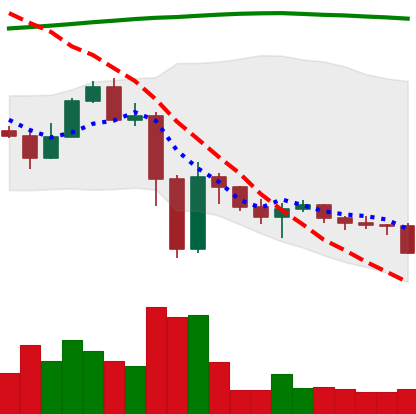
Ticker: ETC-USD
Chart end date: 2022-11-20
Forward return: 10.498%
Label: up_7plus